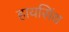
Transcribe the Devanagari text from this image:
हायसिंथ